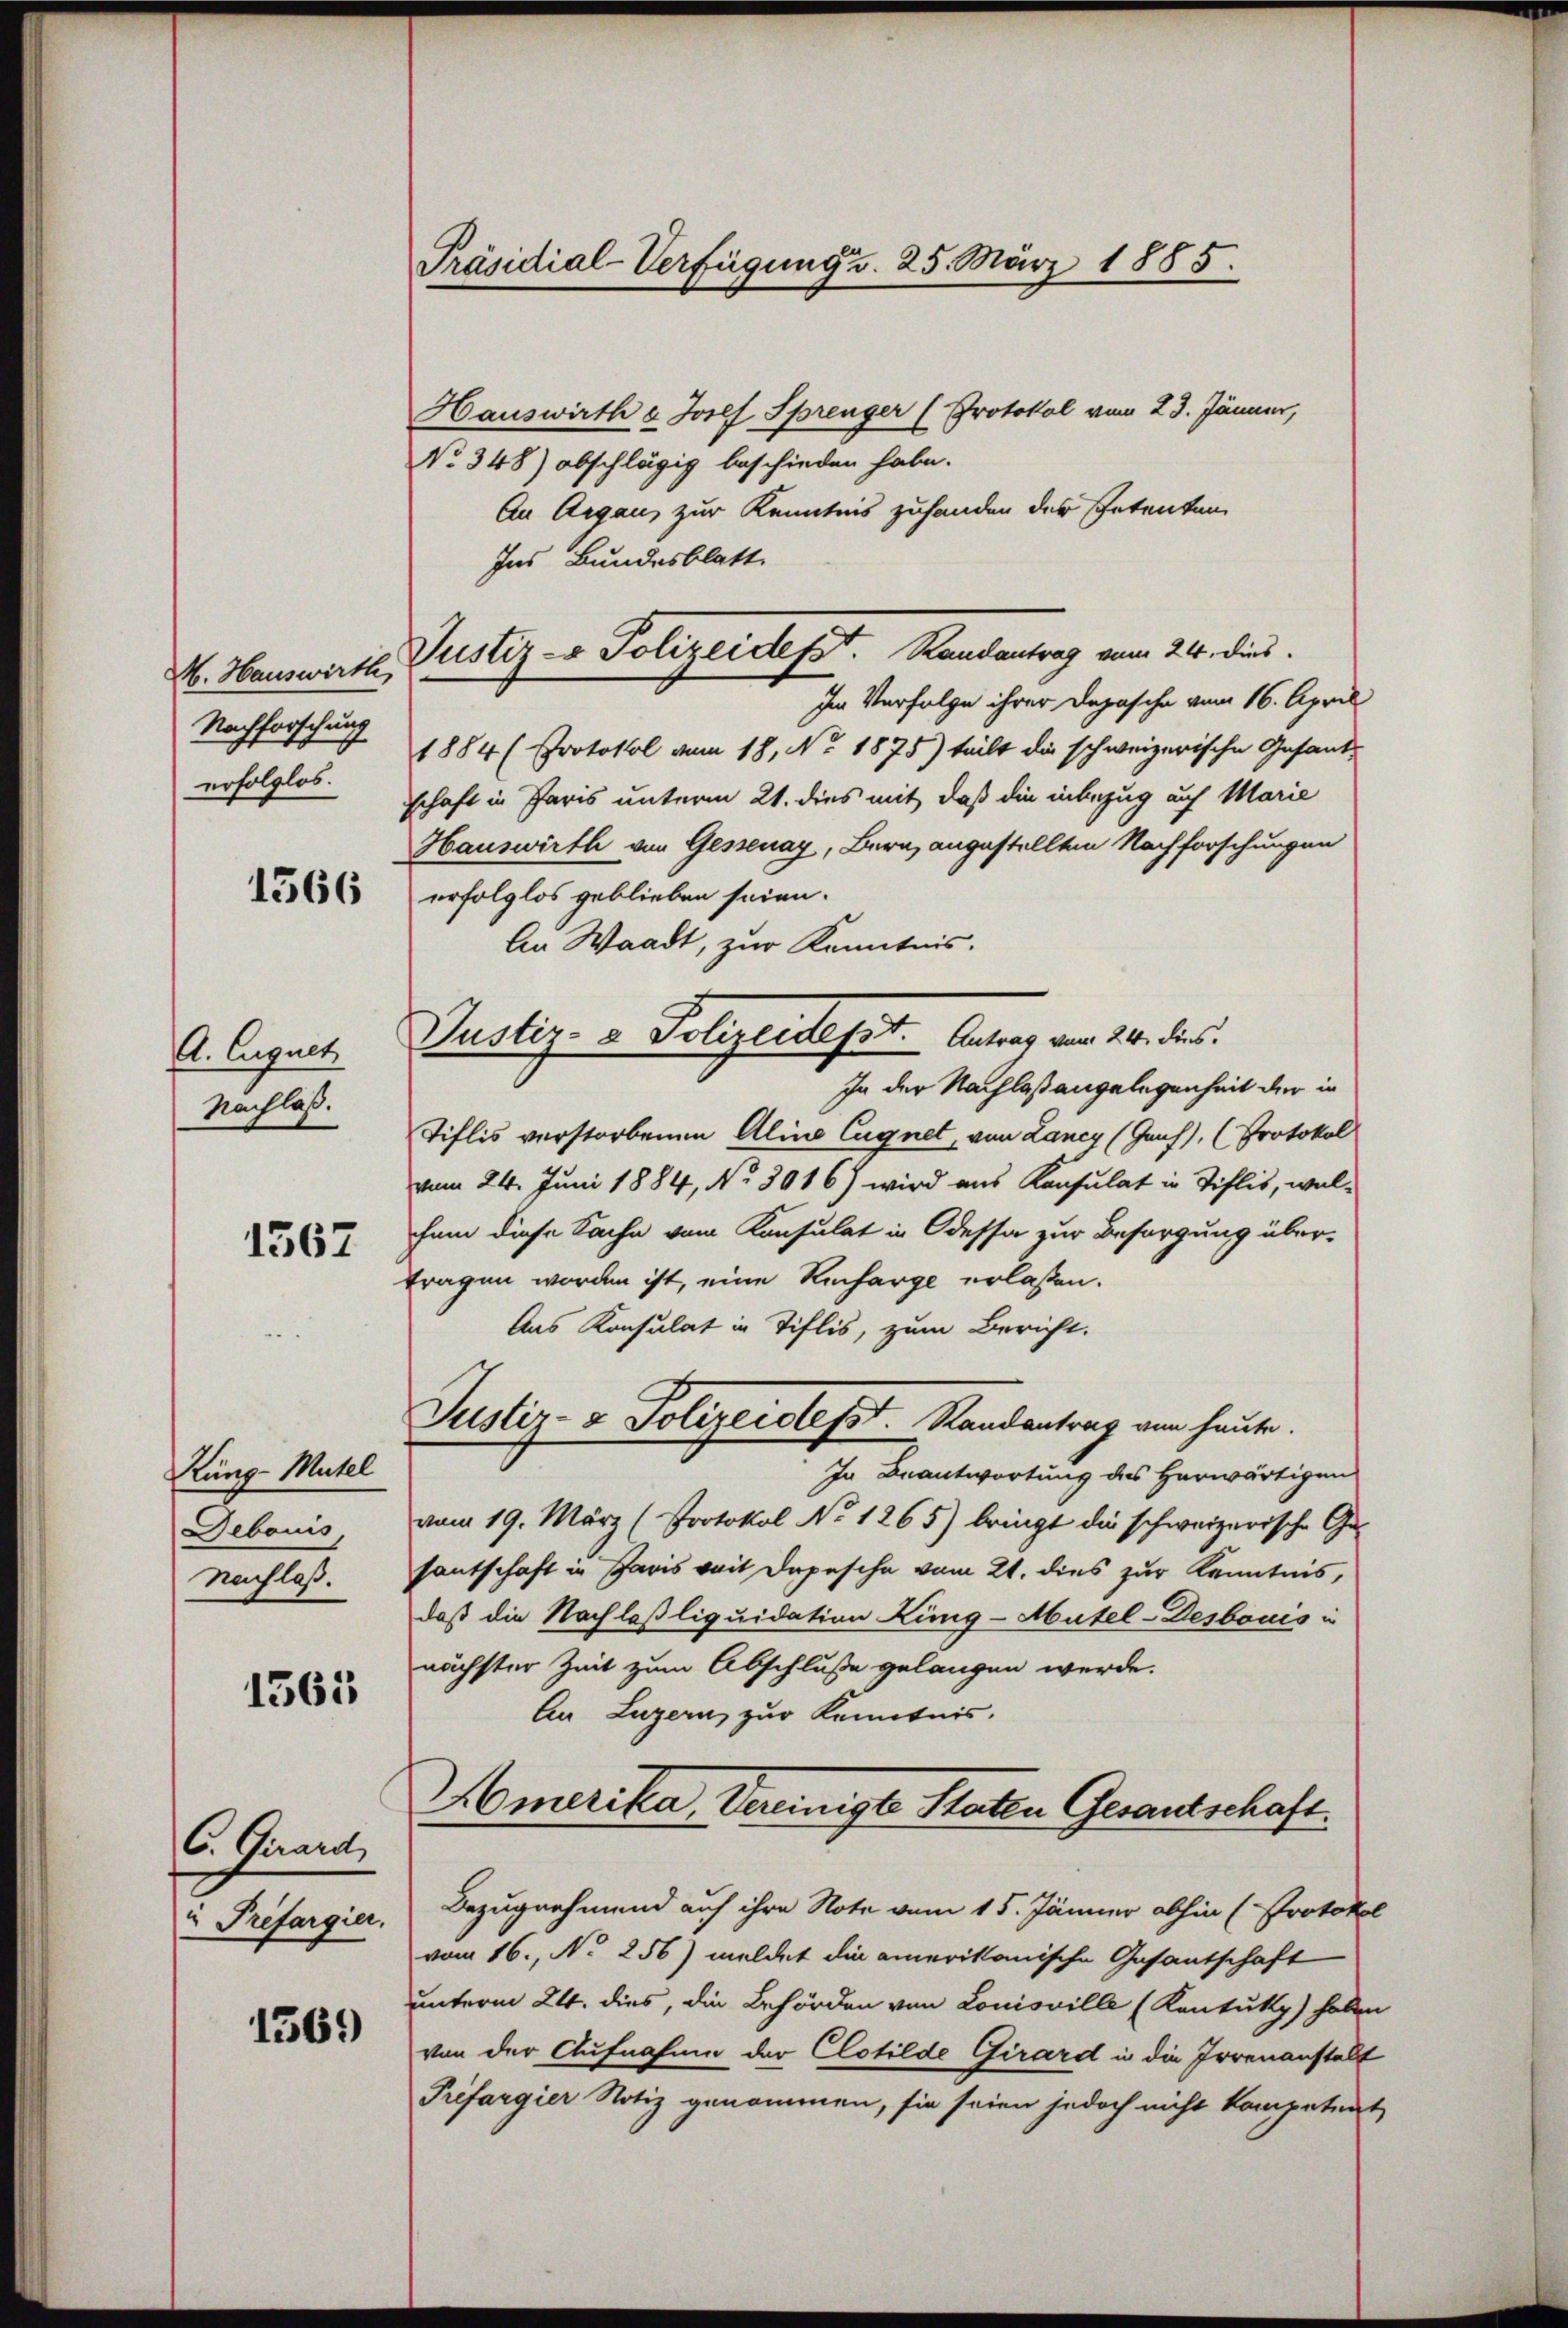
H. Hauswirth,
Nachforschung
erfolglos.

1566

A. Euguet
Nachlaß.

1567

Küng-Mutel
Debouis,
Nachlaß.

1561

C. Girard,
"Préfargier.

1369

Präsidial-Verfügung v. 25. März 1885.

Hauswirth v. Josef Sprenger (Protokol vom 23. Jänner,
No. 348) abschlägig beschieden habe.
An Argau, zur Kenntnis zufanden der Petenten
Ins Bundesblatt
Im Verfolge ihrer Depesche vom 16. April
1884 (Protokol vom 18. No. 1875) teilt die schweizerische Gesandschaft in Paris unterm 21. dies mit, daß die inbezug auf Marie
Hauswirth von Gessenay, Bern, angestellten Nachforschungen
erfolglos geblieben seien.
An Waadt, zur Kenntnis.
In der Nachlaßangelegenheit der in
Tiflis verstorbenen Alina Eugnet, von Lancy (Genf), (Protokol
vom 24. Juni 1884, No 3016) wird aus Konsulat in Tiflis, wel-
hem diese Sache vom Konsulat in Odessa zur Besorgung über-
tragen worden ist, eine Recharge erlaßen.
Aus Konsulat in Tiflis, zum Bericht.
Justiz- & Polizeidest. Randantrag am heute.
In Beantwortung des Herwärtigen
vom 19. März (Protokol No 1265) bringt die schweizerische Ge-
santschaft in Paris weit Depesche vom 21. dies zur Kenntnis,
daß die Nachlaßliquidation Lung-Mutel-Desbonis in
nächster Zeit zum Abschluße gelangen werde.
An Luzern zur Kenntnis.
Amerika, Vereinigte Staten Gesandtschaft.
Bezugnahmend auf ihre Note vom 15. Jänner abhin (Protokol
vom 16. No 256) meldet die amerikanische Gesantschaft
unterm 24. dies, die Behörden von Louisville (Kontuky) haben
von der Aufnahme der Clotilde Girard in die Irrenanstalt
Prifargier Notiz genommen, sie seien jedoch nicht kompetent

Justiz - Polizeidept. Handantrag vom 24. dies

Justiz- & Polizeidesst. Antrag vom 21. dies